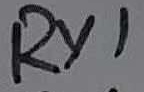
Text: RY1